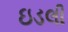
ઇડલી